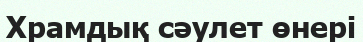
Храмдық сәулет өнері